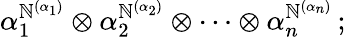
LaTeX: \alpha_{1}^{\mathbb{N}^{(\alpha_{1})}}\otimes\alpha_{2}^{\mathbb{N}^{(\alpha_{2})}}\otimes\cdots\otimes\alpha_{n}^{\mathbb{N}^{(\alpha_{n})}}\, ;